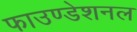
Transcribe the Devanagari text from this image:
फाउण्डेशनल